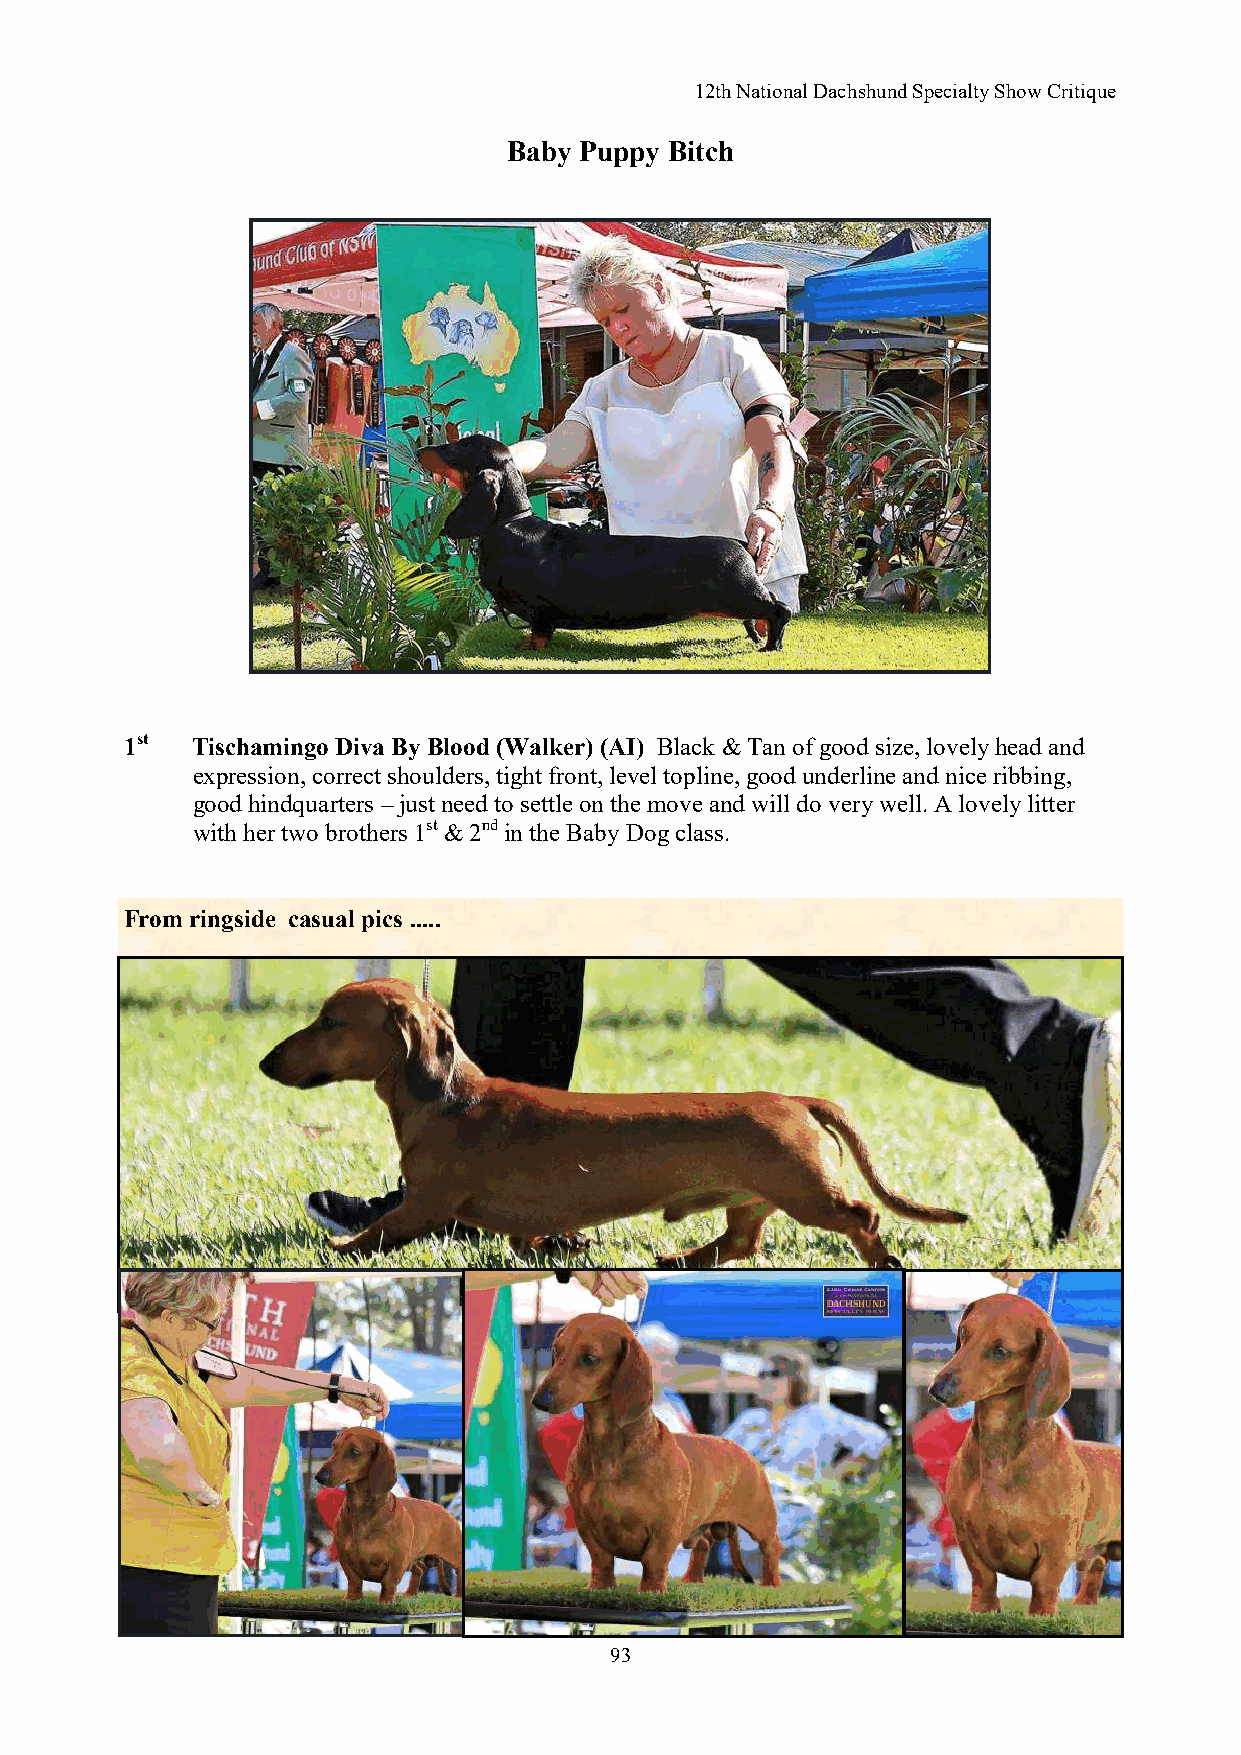
12th National Dachshund Specialty Show Critique
 Baby Puppy Bitch
 1st  Tischamingo Diva By Blood (Walker) (AI) Black & Tan of good size, lovely head and
 expression, correct shoulders, tight front, level topline, good underline and nice ribbing,
 good hindquarters – just need to settle on the move and will do very well. A lovely litter
 with her two brothers 1st & 2nd in the Baby Dog class.
 F rom ringside casual pics .....
 93